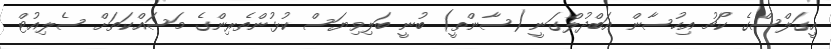
އީގަލްސްގެ ކޯޗު އިހުސާން އަބްދުލްގަނީ (ސާންތީ) ބުނީ ބަލިވިޔަސް ކުޅުންތެރިންގެ މަސައްކަތަށް ސެލިއުޓް